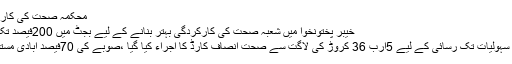
محکمہ صحت کی کارکردگی رپورٹ
خیبر پختونخوا میں شعبہ صحت کی کارکردگی بہتر بنانے کے لیے بجٹ میں 200فیصد تک اضافہ کیا گیا
عوام کو صحت سہولیات تک رسائی کے لیے 5ارب 36 کروڑ کی لاگت سے صحت انصاف کارڈ کا اجراء کیا گیا ،صوبے کی 70فیصد آبادی مستفید ہورہی ہے،۔